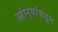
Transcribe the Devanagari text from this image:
आंग्र्‍यांकडून